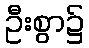
ဦးစွာ၌